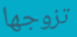
تزوجها